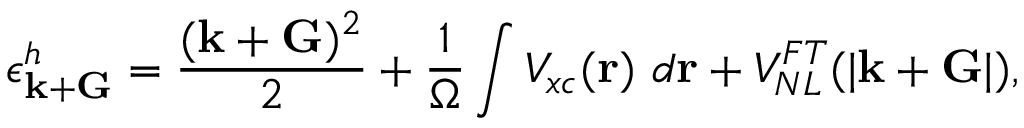
\epsilon _ { { \bf k } + { \bf G } } ^ { h } = \frac { ( { \bf k } + { \bf G } ) ^ { 2 } } { 2 } + \frac { 1 } { \Omega } \int V _ { x c } ( { \bf r } ) ~ d { \bf r } + V _ { N L } ^ { F T } ( | { \bf k } + { \bf G } | ) ,